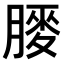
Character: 𫆯